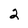
Character: 2